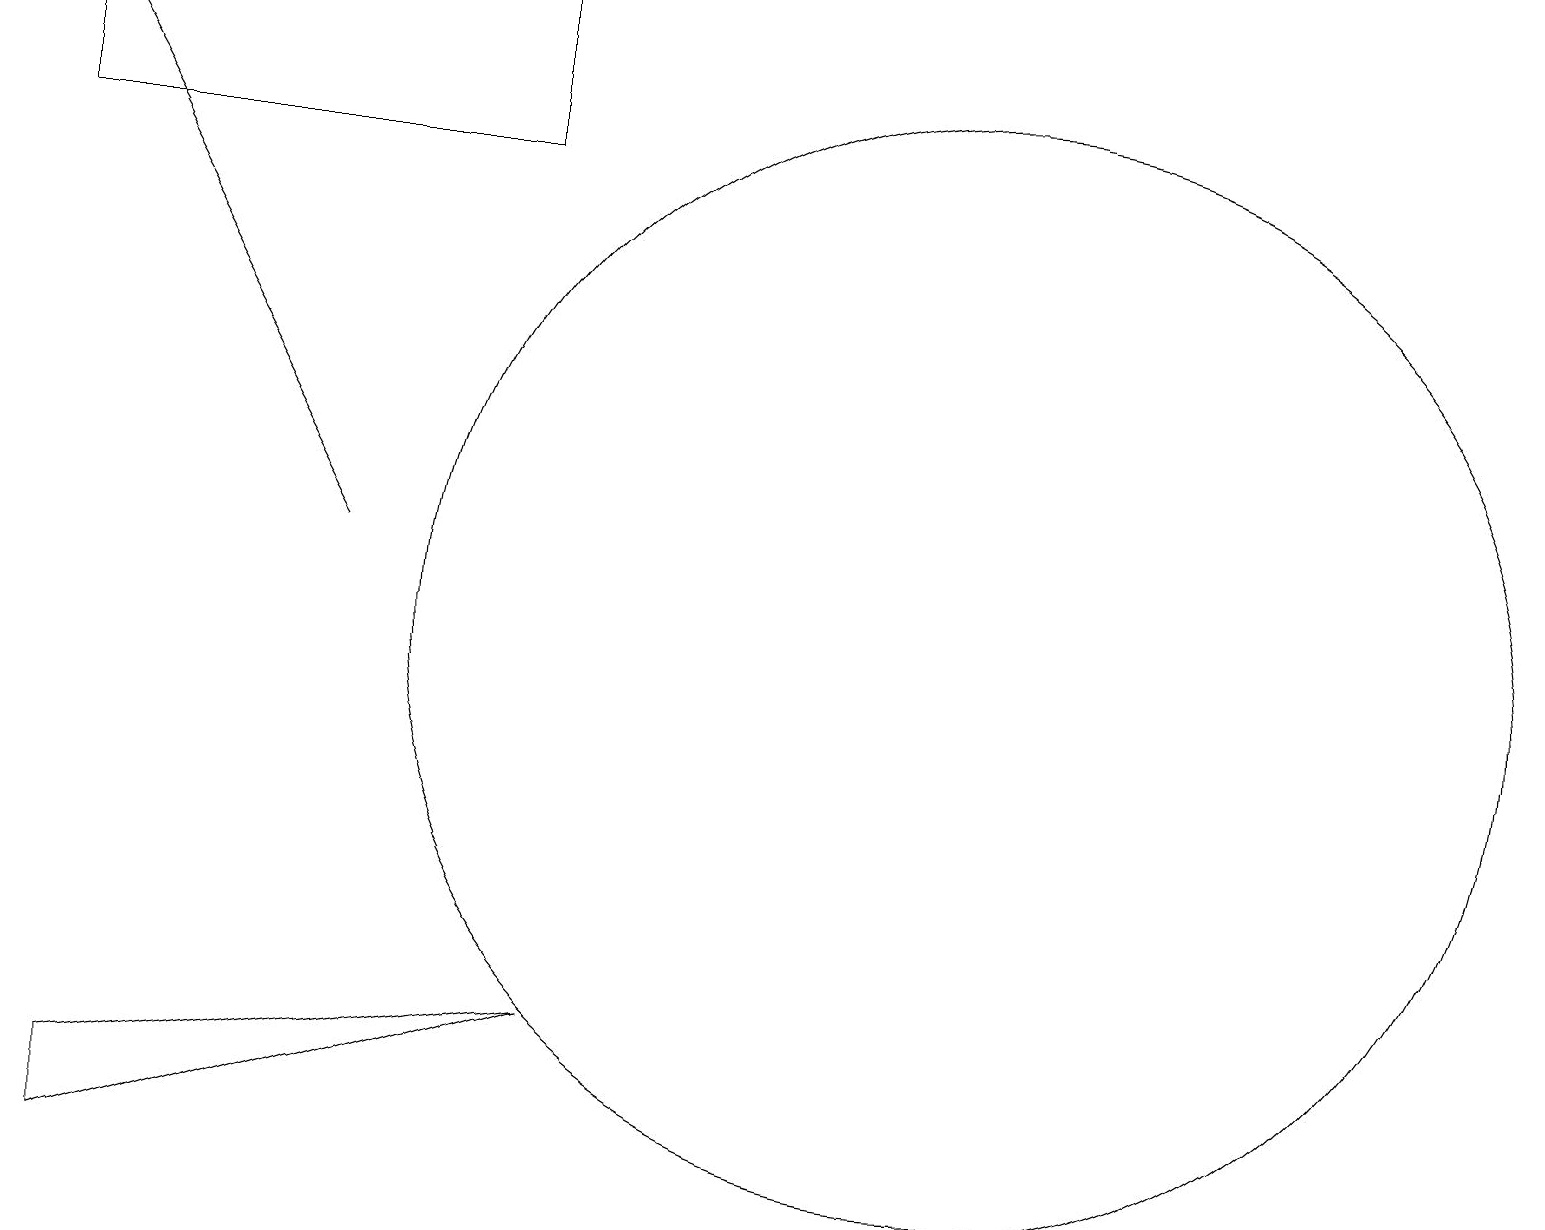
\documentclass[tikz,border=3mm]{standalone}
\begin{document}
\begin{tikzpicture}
\draw[->] (4,11) -- (0,18);
\draw (12,10) circle (7);
\draw (1,3) -- (1,4) -- (7,5) -- cycle;
\draw (6,16) rectangle (0,18);
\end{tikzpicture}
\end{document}